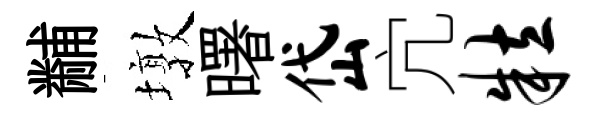
黼墩曙岱宂粒